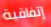
إتفاقية